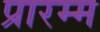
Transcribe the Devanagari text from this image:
प्रारम्म